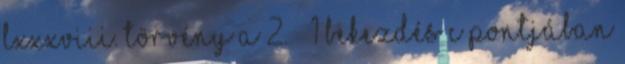
LXXXVIII. törvény a 2. § 1 bekezdés c pontjában